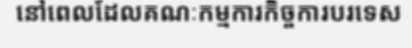
នៅពេលដែលគណៈកម្មការកិច្ចការបរទេស